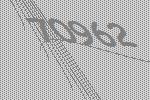
70962